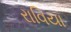
રાવિયા